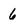
Character: 6